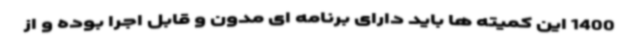
1400 این کمیته ها باید دارای برنامه ای مدون و قابل اجرا بوده و از